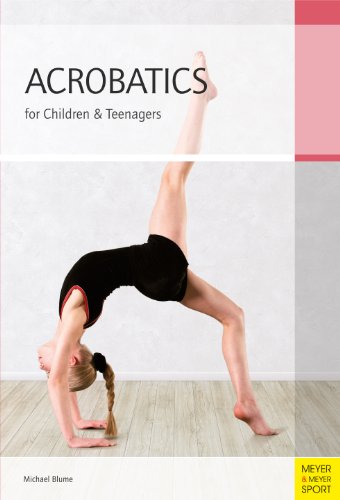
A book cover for Acrobatics for Children and Teenagers: From the Basics to Spectacular Human Balance Figures; Michael Blume; Sports & Outdoors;